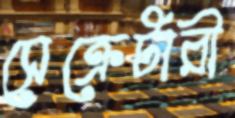
সেক্রেটারী